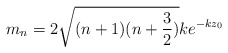
\begin{align*}m_n = 2\sqrt{(n+1)(n+\frac{3}{2})}ke^{-kz_0}\end{align*}